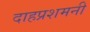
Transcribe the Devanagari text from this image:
दाहप्रशमनी